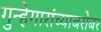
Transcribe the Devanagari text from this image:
गुन्हेगारांच्याबरोबर